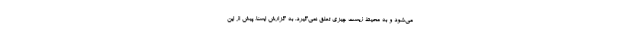
می‌شود و به محیط زیست چیزی تعلق نمی‌گیرد. به گزارش ایسنا، پیش از این